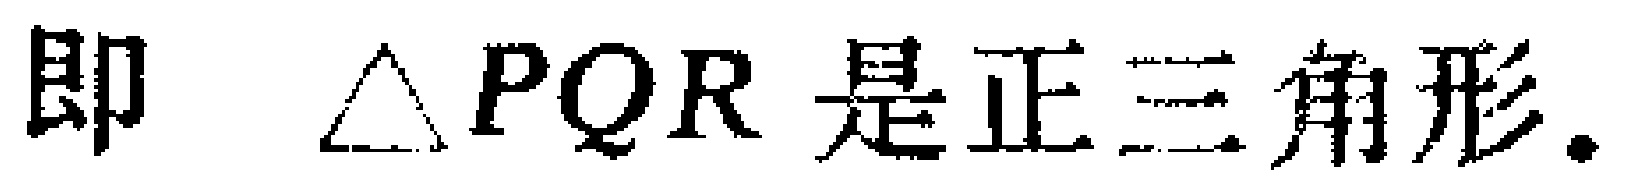
即 $\triangle PQR$ 是正三角形.